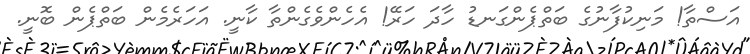
އަސްތާ! މަނިކުފާނުގެ ބަތްޕެންގަނޑު ހާދަ ހަރޭ! އެހެންވެގެންތާ ކާނީ. އަހަރެމެން ބަތްޕެން ބޮނީ.